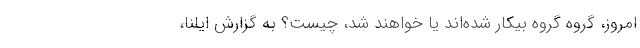
امروز، گروه گروه بیکار شده‌اند یا خواهند شد، چیست؟ به گزارش ایلنا،